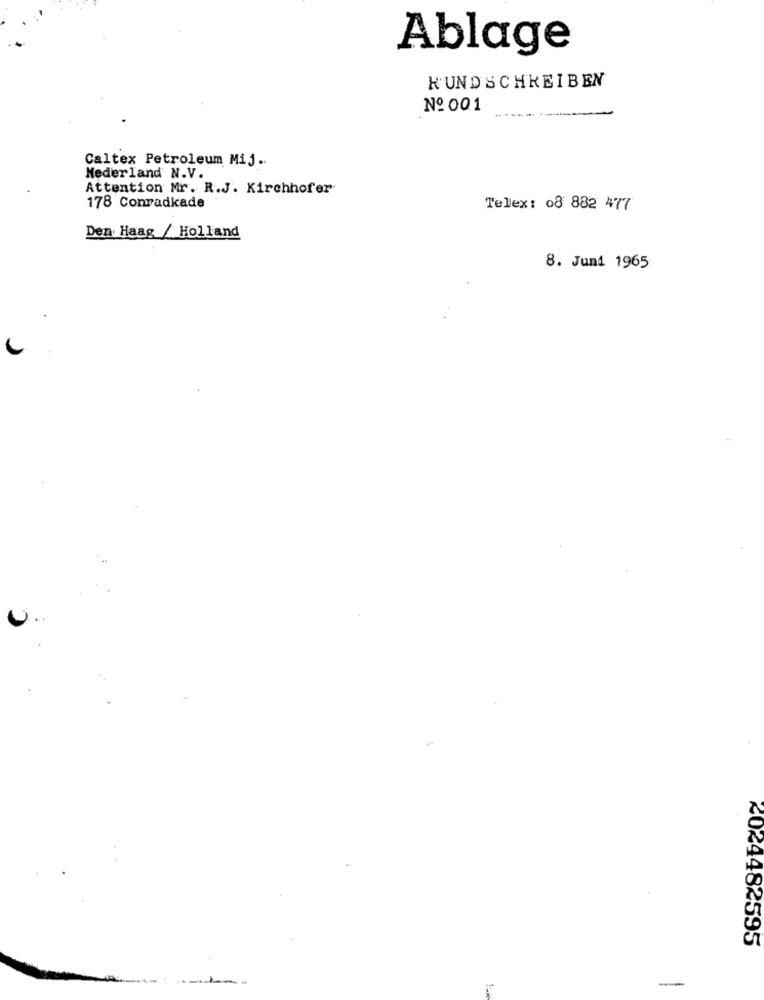
Ablage
K'UNDSCHREIBEN
No 001
Caltex Petroleum Mij ..
Nederland N.V.
Attention Mr. R.J. Kirchhofer
178 Conradkade
Tellex: 08 882 477
Den Haag / Holland
8. Juni 1965
U.
<024482595
-